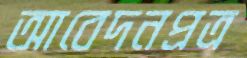
আবেদনপ্রত্র